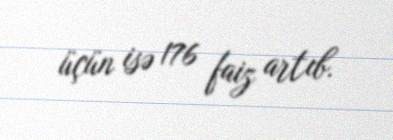
üçün isə 176 faiz artıb.